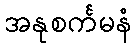
အနုစင်္ကမနံ